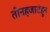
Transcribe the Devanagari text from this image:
तीनहजारांहून